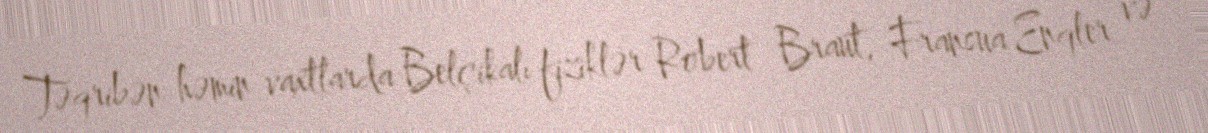
Təqribən həmin vaxtlarda Belçikalı fiziklər Robert Braut, Fransua Enqler və